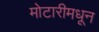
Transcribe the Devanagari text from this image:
मोटारीमधून